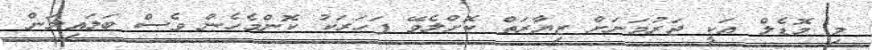
މި މޮޑެލް އަކީ ޖަރުމަނަށް ޒިޔާާރަތް ކޮށްލެވޭ ފަހަރަކު ކޮންމެހެން ވެސް ބަލައިލަން